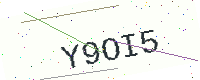
Text: Y9OI5